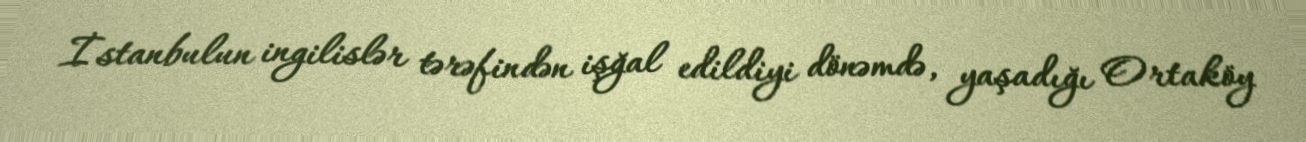
İstanbulun ingilislər tərəfindən işğal edildiyi dönəmdə, yaşadığı Ortaköy